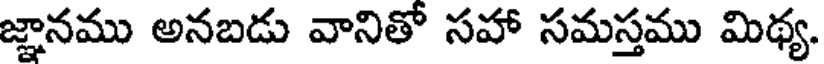
జ్ఞానము అనబడు వానితో సహా సమస్తము మిథ్య.